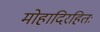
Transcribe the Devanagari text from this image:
मोहादिरहितः